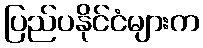
ပြည်ပနိုင်ငံများက